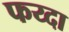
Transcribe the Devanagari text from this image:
फय्दा